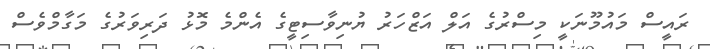
ރައީސް މައުމޫނަކީ މިސްރުގެ އަލް އަޒްހަރު ޔުނިވާސިޓީގެ އެންމެ މޮޅު ދަރިވަރުގެ މަގާމްވެސް